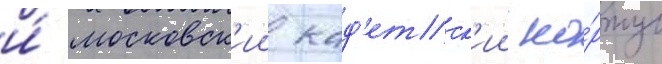
и́ московск'ии кад'етск'ии ко́рпус